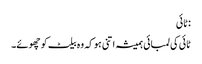
:ٹائی
ٹائی کی لمبائی ہمیشہ اتنی ہو کہ وہ بیلٹ کو چھوئے۔